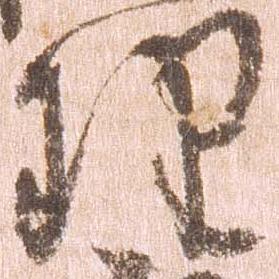
理